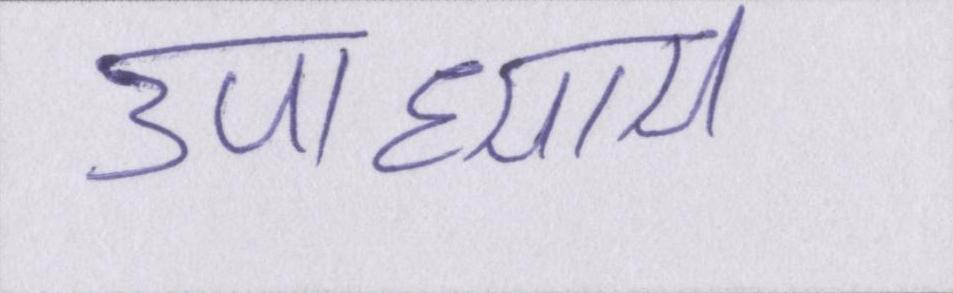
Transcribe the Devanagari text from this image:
उपाध्याय